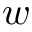
w